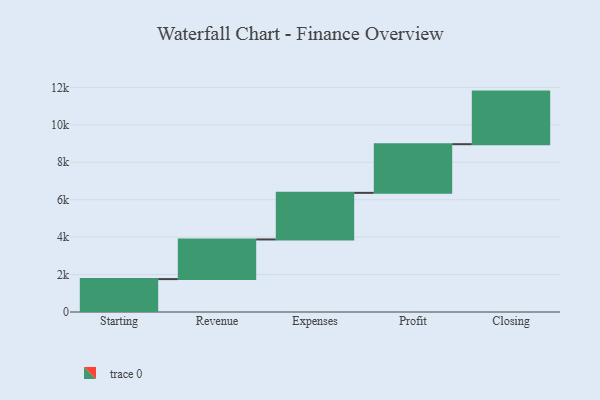
{"axis": {"x": "Step", "y": "Value"}, "legend": [""], "data": [{"x": "Starting", "y": 1758.0, "type": ""}, {"x": "Revenue", "y": 2118.0, "type": ""}, {"x": "Expenses", "y": 2490.0, "type": ""}, {"x": "Profit", "y": 2601.0, "type": ""}, {"x": "Closing", "y": 2810.0, "type": ""}]}